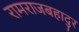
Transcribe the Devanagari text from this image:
रामराजबहादुर